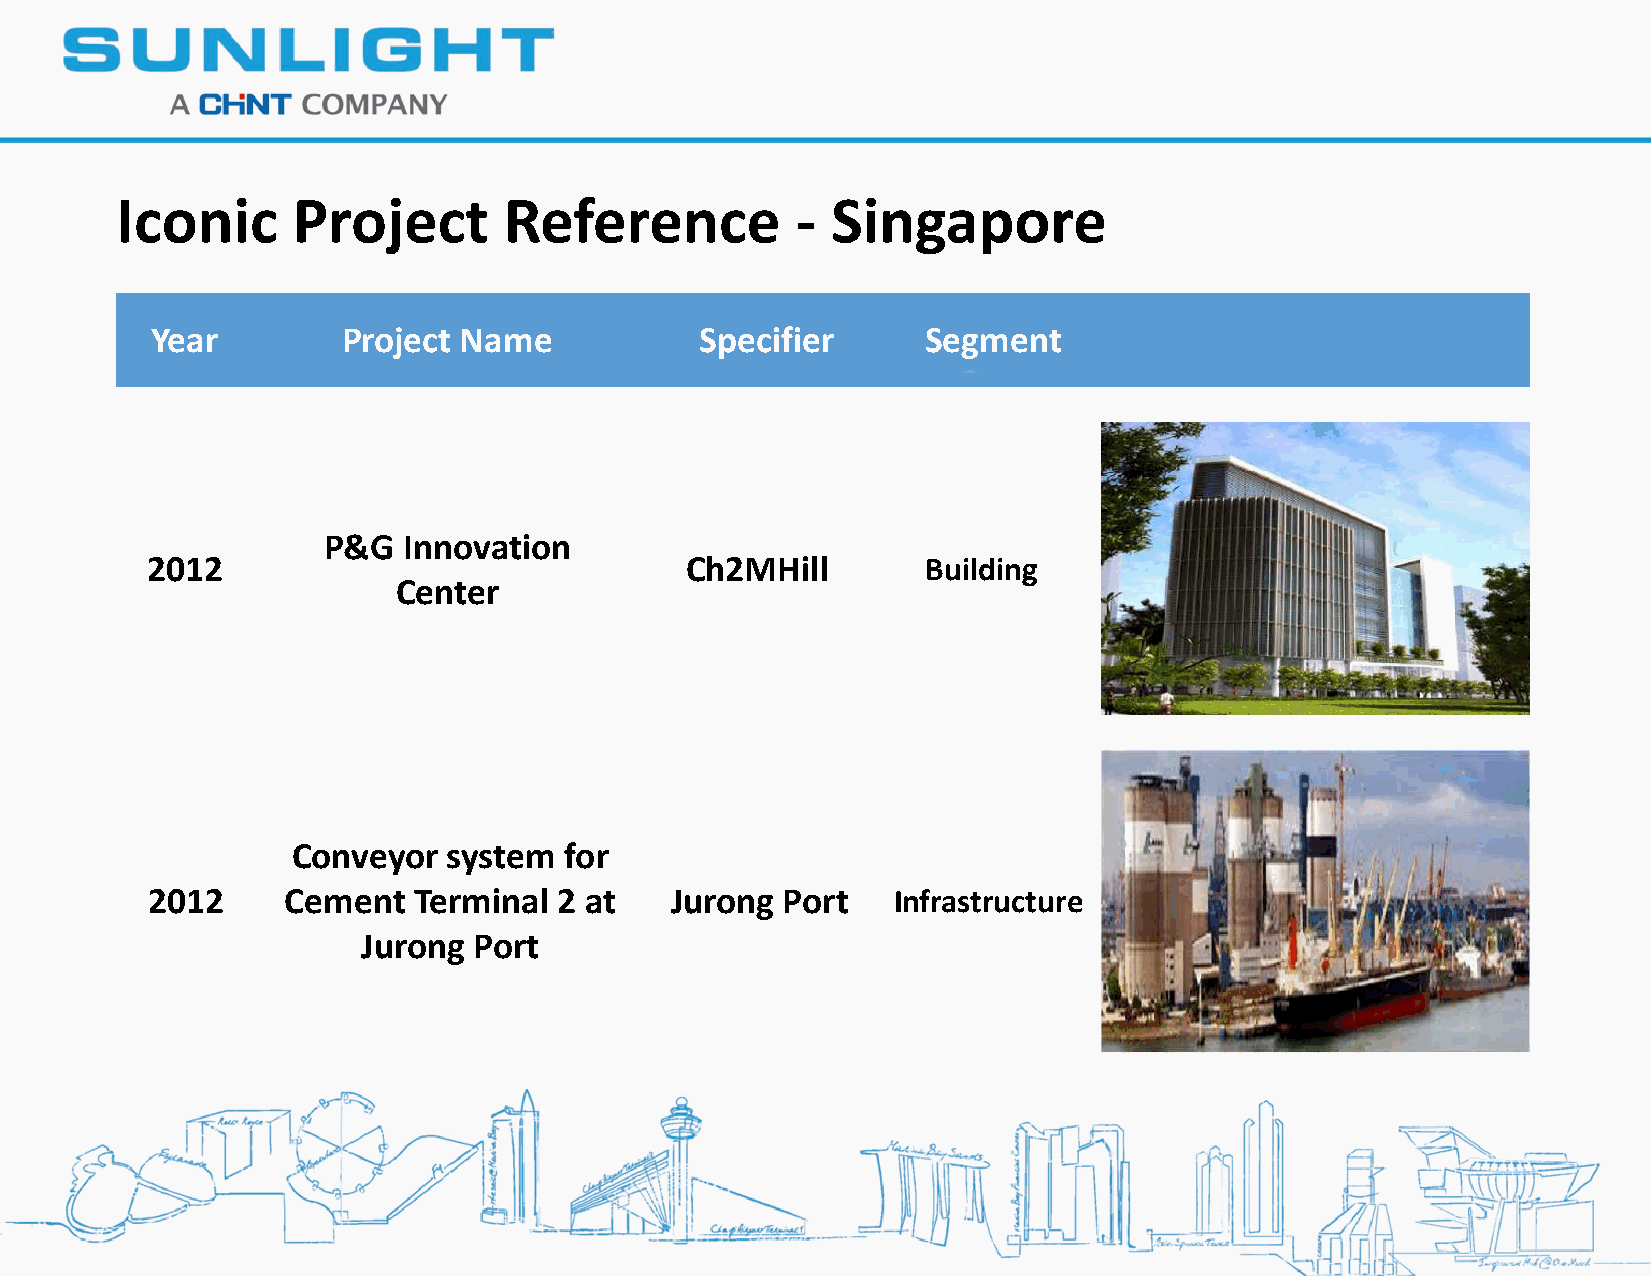
Iconic     Project       Reference           - Singapore
 Year         Project Name           Specifier      Segment
 P&G   Innovation
 2012                               Ch2MHill        Building
 Center
 Conveyor   system for
 2012     Cement  Terminal  2 at   Jurong  Port   Infrastructure
 Jurong Port